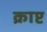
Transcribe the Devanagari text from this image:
क्राप्ट